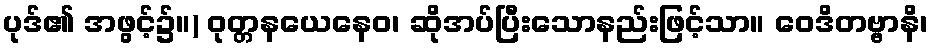
ပုဒ်၏ အဖွင့်၌။) ဝုတ္တနယေနေဝ၊ ဆိုအပ်ပြီးသောနည်းဖြင့်သာ။ ဝေဒိတဗ္ဗာနိ၊